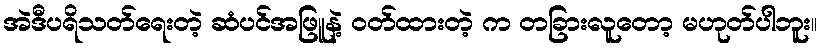
အဲဒီပရိသတ်ရေးတဲ့ ဆံပင်အဖြူနဲ့ ဝတ်ထားတဲ့ က တခြားလူတော့ မဟုတ်ပါဘူး။